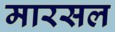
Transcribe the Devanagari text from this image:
मारसल